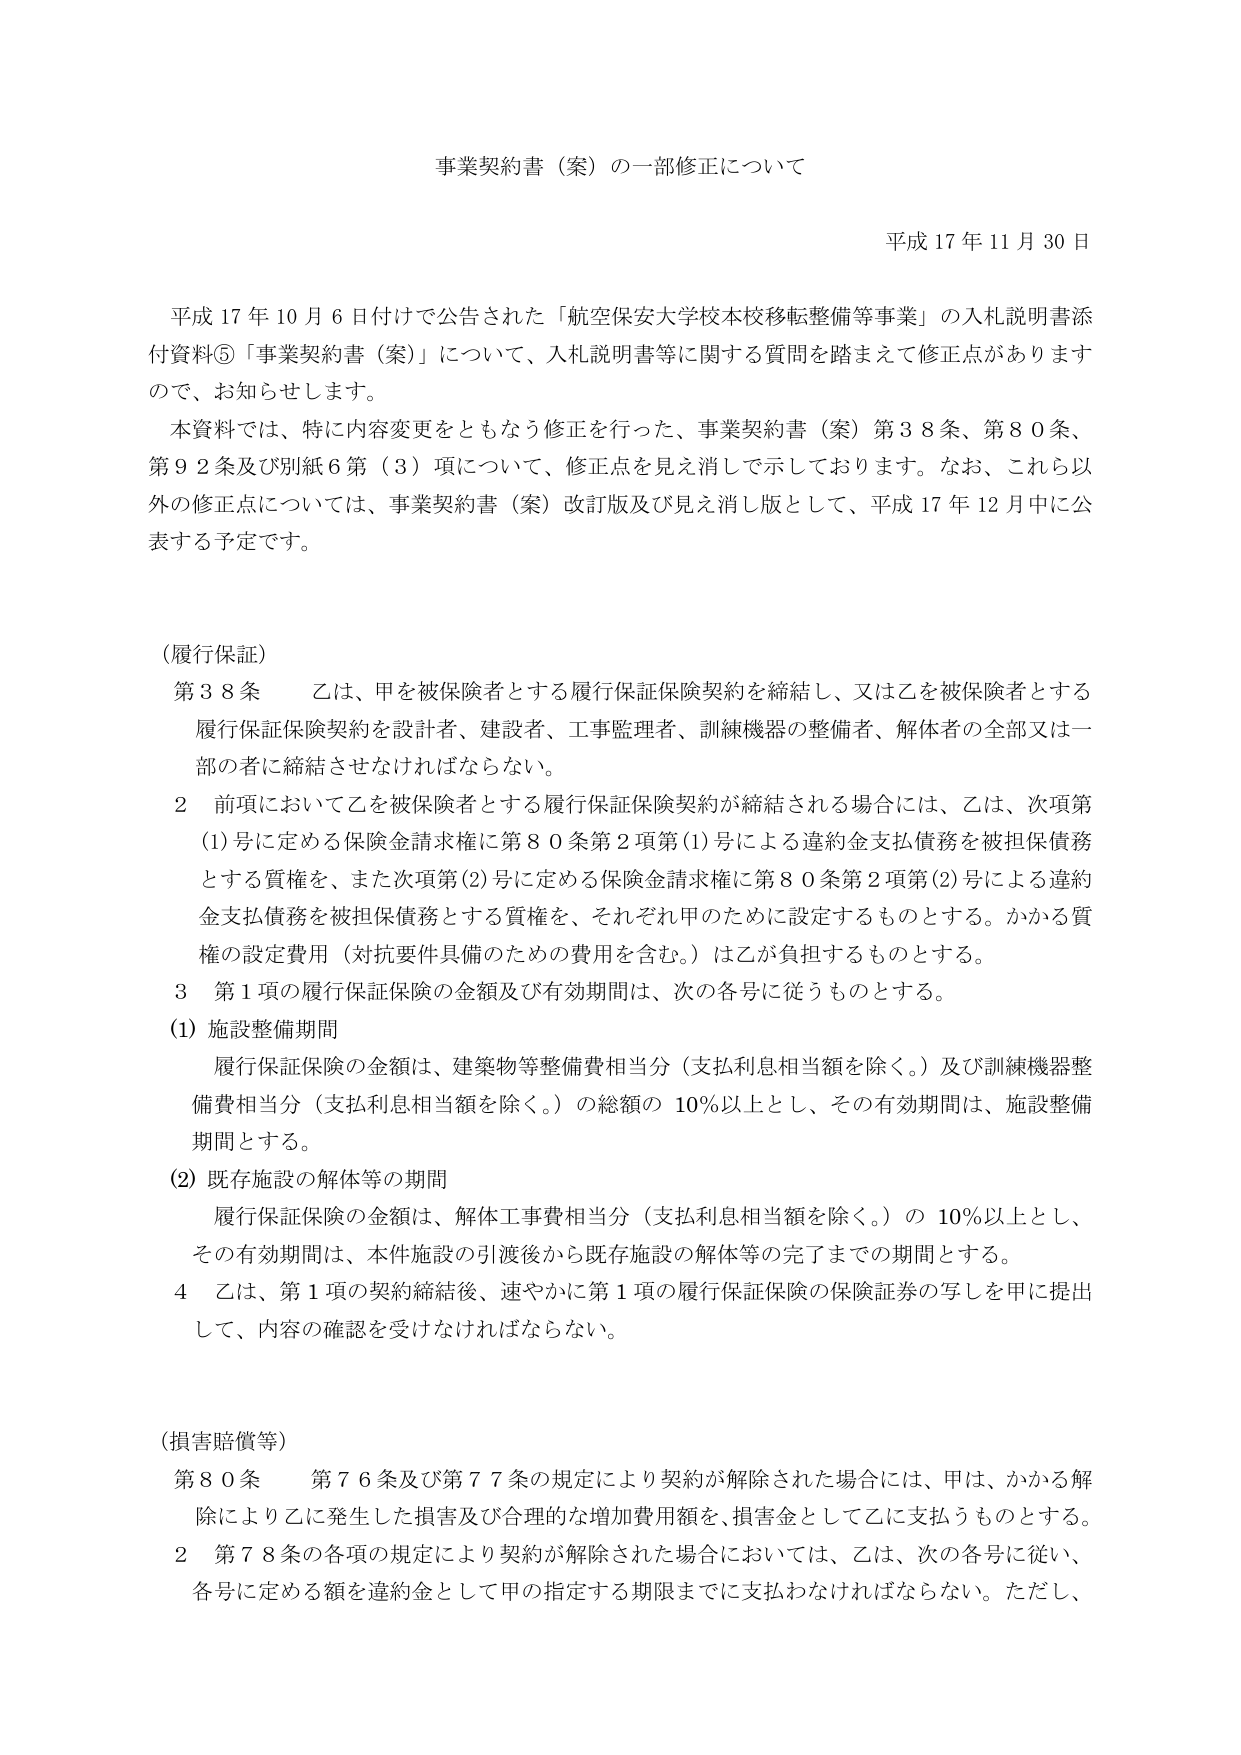
事業契約書（案）の一部修正について

平成17年11月30日

平成17年10月6日付けで公告された「航空保安大学校本校移転整備等事業」の入札説明書添付資料⑤「事業契約書（案）」について、入札説明書等に関する質問を踏まえて修正点がありますので、お知らせします。

本資料では、特に内容変更をともなう修正を行った、事業契約書（案）第38条、第80条、第92条及び別紙6第（3）項について、修正点を見え消しで示しております。なお、これら以外の修正点については、事業契約書（案）改訂版及び見え消し版として、平成17年12月中に公表する予定です。

（履行保証）

第38条　乙は、甲を被保険者とする履行保証保険契約を締結し、又は乙を被保険者とする履行保証保険契約を設計者、建設者、工事監理者、訓練機器の整備者、解体者の全部又は一部の者に締結させなければならない。

2　前項において乙を被保険者とする履行保証保険契約が締結される場合には、乙は、次項第(1)号に定める保険金請求権に第80条第2項第(1)号による違約金支払債務を被担保債務とする質権を、また次項第(2)号に定める保険金請求権に第80条第2項第(2)号による違約金支払債務を被担保債務とする質権を、それぞれ甲のために設定するものとする。かかる質権の設定費用（対抗要件具備のための費用を含む。）は乙が負担するものとする。

3　第1項の履行保証保険の金額及び有効期間は、次の各号に従うものとする。

(1) 施設整備期間

　履行保証保険の金額は、建築物等整備費相当分（支払利息相当額を除く。）及び訓練機器整備費相当分（支払利息相当額を除く。）の総額の10％以上とし、その有効期間は、施設整備期間とする。

(2) 既存施設の解体等の期間

　履行保証保険の金額は、解体工事費相当分（支払利息相当額を除く。）の10％以上とし、その有効期間は、本件施設の引渡後から既存施設の解体等の完了までの期間とする。

4　乙は、第1項の契約締結後、速やかに第1項の履行保証保険の保険証券の写しを甲に提出して、内容の確認を受けなければならない。

（損害賠償等）

第80条　第76条及び第77条の規定により契約が解除された場合には、甲は、かかる解除により乙に発生した損害及び合理的な増加費用額を、損害金として乙に支払うものとする。

2　第78条の各項の規定により契約が解除された場合においては、乙は、次の各号に従い、各号に定める額を違約金として甲の指定する期限までに支払わなければならない。ただし、